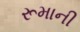
રૂમાની